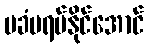
မခံမရပ်နိုင်အောင်